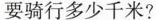
要骑行多少千米?